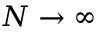
N \to \infty